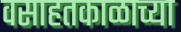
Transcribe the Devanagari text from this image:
वसाहतकाळाच्या